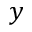
y